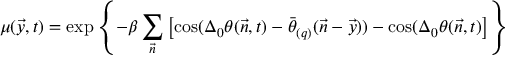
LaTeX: \mu ( \vec { y } , t ) = \exp \left\{ - \beta \sum _ { \vec { n } } \left[ \cos ( \Delta _ { 0 } \theta ( \vec { n } , t ) - \bar { \theta } _ { ( q ) } ( \vec { n } - \vec { y } ) ) - \cos ( \Delta _ { 0 } \theta ( \vec { n } , t ) \right] \right\}